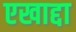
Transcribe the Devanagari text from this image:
एखाद्दा